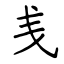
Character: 㦮